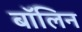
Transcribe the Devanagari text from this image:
बॉलिन